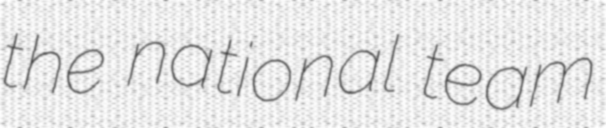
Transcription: the national team